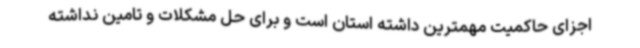
اجزای حاکمیت مهمترین داشته استان است و برای حل مشکلات و تامین نداشته